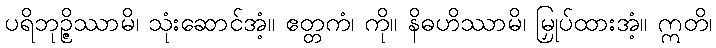
ပရိဘုဉ္ဇိဿာမိ၊ သုံးဆောင်အံ့။ ဧတ္တကံ၊ ကို။ နိဓဟိဿာမိ၊ မြှုပ်ထားအံ့။ ဣတိ၊